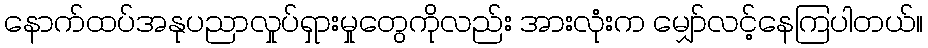
နောက်ထပ်အနုပညာလှုပ်ရှားမှုတွေကိုလည်း အားလုံးက မျှော်လင့်နေကြပါတယ်။